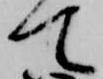
て